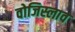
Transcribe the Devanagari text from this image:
वोजिस्लाव